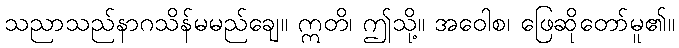
သညာသည်နာဂသိန်မမည်ချေ။ ဣတိ၊ ဤသို့။ အဝေါစ၊ ဖြေဆိုတော်မူ၏။